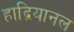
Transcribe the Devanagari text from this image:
हाद्रियानल